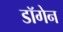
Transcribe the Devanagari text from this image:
डॉगेन